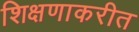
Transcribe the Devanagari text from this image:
शिक्षणाकरीत